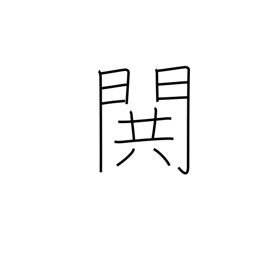
Meaning: war cry